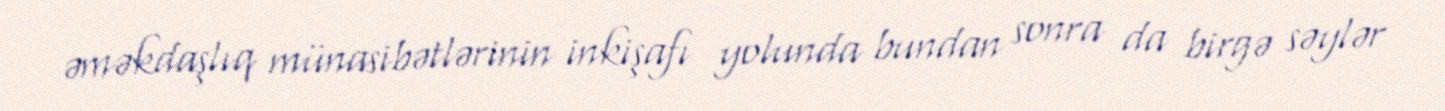
əməkdaşlıq münasibətlərinin inkişafı yolunda bundan sonra da birgə səylər